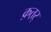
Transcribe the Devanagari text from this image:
क़त़र्